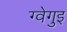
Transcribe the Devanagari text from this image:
ग्वेगुइ